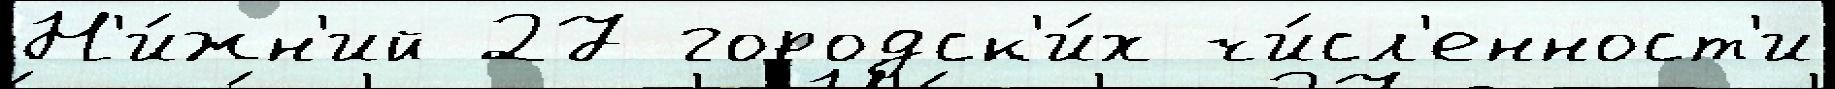
Н'и́жн'ий 27 городск'и́х чи́сл'енност'и